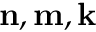
{ \mathbf { n } } , { \mathbf { m } } , { \mathbf { k } }